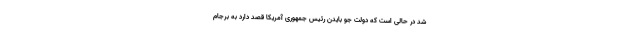
شد در حالی است که دولت جو بایدن رئیس جمهوری آمریکا قصد دارد به برجام